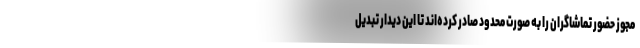
مجوز حضور تماشاگران را به صورت محدود صادر کرده‌اند تا این دیدار تبدیل